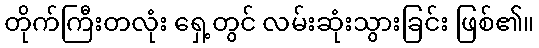
တိုက်ကြီးတလုံး ရှေ့တွင် လမ်းဆုံးသွားခြင်း ဖြစ်၏။